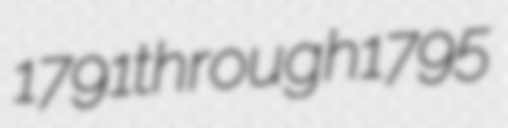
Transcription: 1791 through 1795